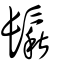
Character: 鬏